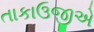
તાકાઉજીએ